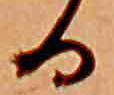
る